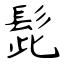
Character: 髭